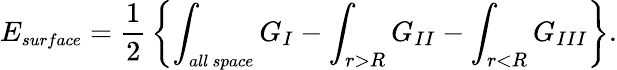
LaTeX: E_{\small surface}={\frac{1}{2}}\left\{ \int_{\small all~space}G_{I}-\int_{r>R}G_{II}-\int_{r<R}G_{III}\right\} .